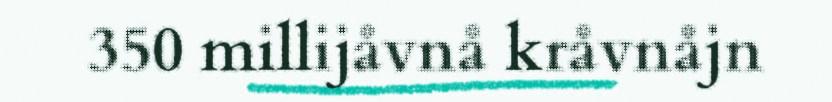
350 millijåvnå kråvnåjn